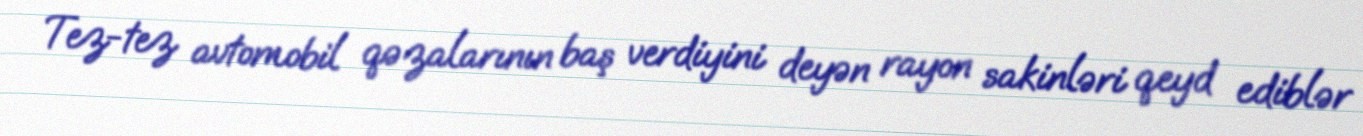
Tez-tez avtomobil qəzalarının baş verdiyini deyən rayon sakinləri qeyd ediblər